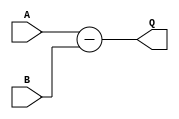

module subN
  #(parameter WID = 4)
   (input wire [WID-1:0] A,
    input wire [WID-1:0] B,
    output wire [WID:0]  Q
    /* */);

   assign Q = A - B;

endmodule // add